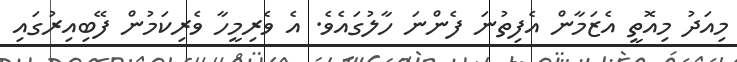
މިއަދު މިއޮތީ އެޒަމާން އެފިތުނަ ފެންނަ ހާލުގައެވެ. އެ ވެރިމީހާ ވެރިކަމުން ފޭބިއިރުގައި